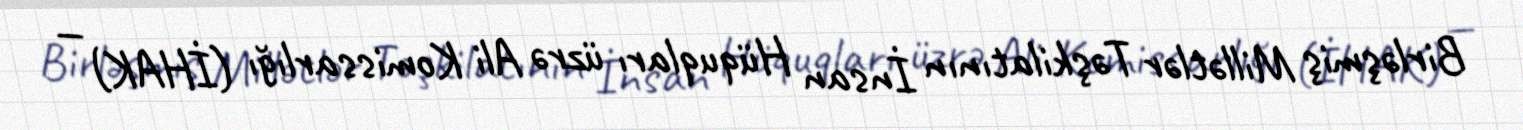
Birləşmiş Millətlər Təşkilatının İnsan Hüquqları üzrə Ali Komissarlığı (İHAK) —